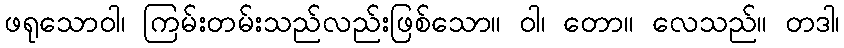
ဖရုသောဝါ၊ ကြမ်းတမ်းသည်လည်းဖြစ်သော။ ဝါ၊ တော။ လေသည်။ တဒါ၊